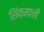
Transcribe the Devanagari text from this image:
सिंक़मानी